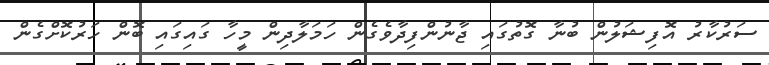
ސަރުކާރު އޮފިޝަލުން ބުނާ ގޮތުގައި ޖާނުންފިދާވެގެން ހަމަލާދިން މީހާ ގައިގައި ބޮން ހަރުކޮށްގެން